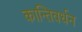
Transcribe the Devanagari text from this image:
कान्तिवर्धन